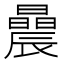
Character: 曟